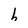
Character: h